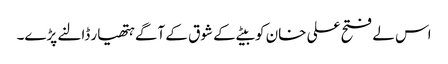
اس لے فتح علی خان کو بیٹے کے شوق کے آگے ہتھیار ڈالنے پڑے۔